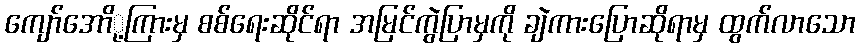
ကျော်အောို့ကြားမှ စစ်ရေးဆိုင်ရာ အမြင်ကွဲပြာမှကို ချဲကားပြောဆိုရာမှ ထွက်လာသော